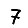
Digit: 7